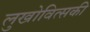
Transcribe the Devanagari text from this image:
लुखोवित्सकी